Annual vaccination report of Bihar and Orissa - 1911-1928
Year: 1911
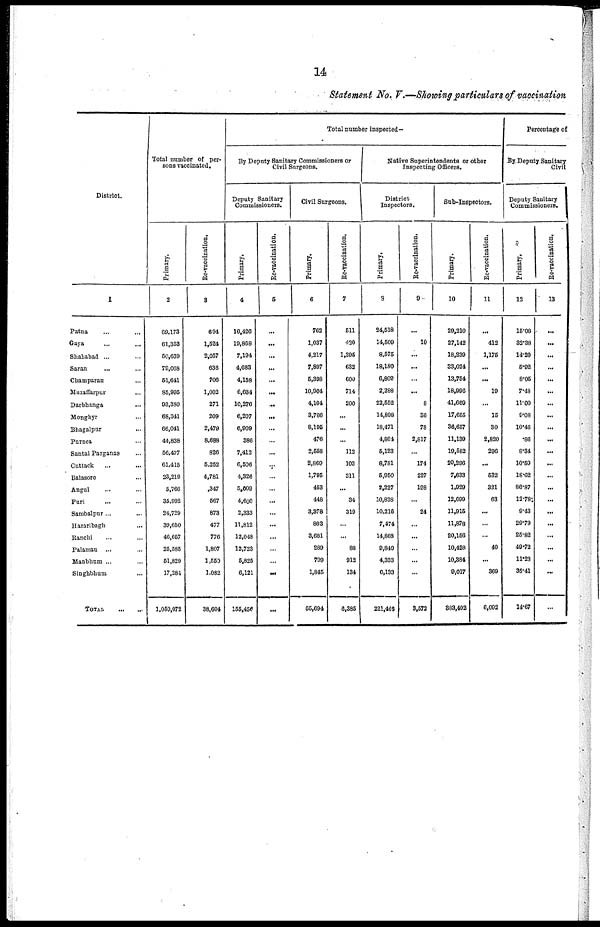
14
Statement No. V.—Showing particulars of vaccination
District.
1
Patna ... ...
Gaya ... ...
Shababad ... ...
Saran ... ...
Champaran ...
Muzaffarpur ...
Darbhanga ...
Monghyr ...
Bhagalpur ...
Purnea ...
Santal Parganas ...
Cuttack ... ...
Balasore ... ...
Angul ... ...
Puri ... ...
Sambalpur... ...
Hazaribagh ...
Ranchi ... ...
Palamau ... ...
Manbhum ... ...
Singhbhum
...
TOTAL
...
...
Total number of per-
sons vaccinated.
Primary.
2
69,173
61,353
50,639
79,068
51,641
85,995
93,380
68,341
66,041
44,838
56,477
61,415
23,219
5,766
35,992
24,729
39,650
46,657
25,585
51,829
17,284
1,059,072
Rc-vaccination.
3
694
1,524
2,057
636
706
1,002
271
209
2,479
8,688
826
5,252
4,781
347
567
873
477
776
1,807
1,550
1,082
38,604
Total number inspected—
By Deputy Sanitary Commissioners or
Civil Surgeons.
Deputy Sanitary
Commissioners.
Primary.
4
10,426
10,868
7,194
4,683
4,158
6,634
10,276
6,207
6,909
386
7,413
6,506
4,326
5,009
4,600
2,333
11,812
12,048
12,723
5,825
6,121
155,456
Re-vaccination.
5
...
...
...
...
...
...
...
...
...
...
...
...
...
...
...
...
...
...
...
...
...
...
Civil Surgeons.
Primary.
6
762
1,037
4,217
7,897
5,398
10,904
4,104
3,786
8,195
476
2,558
2,869
1,795
453
448
3,378
803
3,681
289
799
1,845
65,694
Re-vaccination.
7
511
420
1,295
632
600
714
200
...
...
...
112
103
311
...
34
319
...
...
88
912
134
6,385
Native Superintendents or other
Inspecting Officers.
District
Inspectors.
Primary.
8
24,518
14,509
8,575
18,180
6,809
2,288
22,552
14,898
18,471
4,864
5,123
8,781
5,950
2,227
10,828
10,216
7,474
14,868
9,840
4,333
6,133
221,416
Re-vaccination.
9
...
10
...
...
...
...
8
36
78
2,817
...
174
227
198
...
24
...
...
...
...
...
3,572
Sub-Inspectors.
Primary.
10
29,210
27,142
18,239
33,024
13,754
18,996
41,669
17,655
36,657
11,139
19,582
20,296
7,633
1,929
12,699
11,915
11,878
20,156
10,428
10,384
9,017
383,402
Re-vaccination.
11
...
412
1,175
...
...
19
...
15
30
2,820
296
...
532
321
63
...
...
...
40
...
369
6,092
Percentage of
By Deputy Sanitary
Civil
Deputy Sanitary
Commissioners.
Primary.
12
15.08
32.38
14.20
5.92
8.05
7.48
11.00
9.08
10.46
.86
8.34
10.59
18.62
86.87
12.78
9.43
29.79
25.82
49.72
11.23
35.41
14.67
Re-vaccination,
13
...
...
...
...
...
...
...
...
...
...
...
...
...
...
...
...
...
...
...
...
...
...